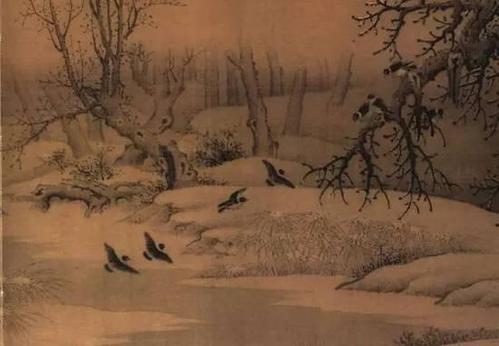
寒鸦飞数点，流水绕孤村。